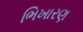
ભિખારણ